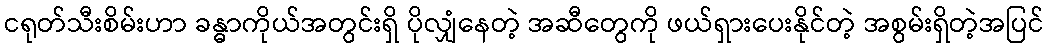
ငရုတ်သီးစိမ်းဟာ ခန္ဓာကိုယ်အတွင်းရှိ ပိုလျှံနေတဲ့ အဆီတွေကို ဖယ်ရှားပေးနိုင်တဲ့ အစွမ်းရှိတဲ့အပြင်